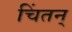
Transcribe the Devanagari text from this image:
चिंतन्